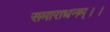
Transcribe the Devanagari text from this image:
समाराधनम्।।